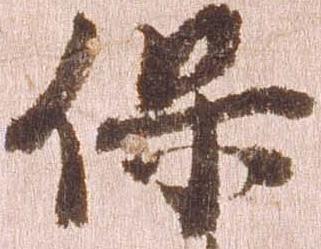
保